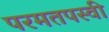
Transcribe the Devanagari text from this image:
परमतपस्वी